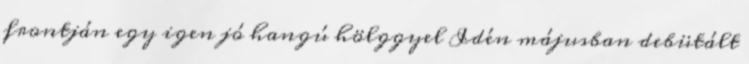
frontján egy igen jó hangú hölggyel Idén májusban debütált